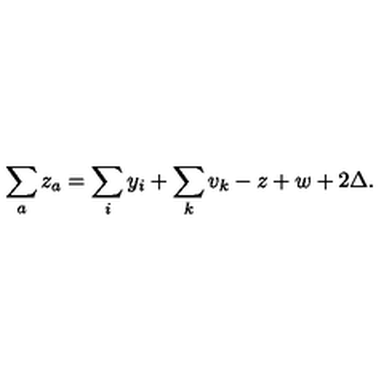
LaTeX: \sum _ { a } z _ { a } = \sum _ { i } y _ { i } + \sum _ { k } v _ { k } - z + w + 2 \Delta .